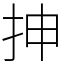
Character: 抻